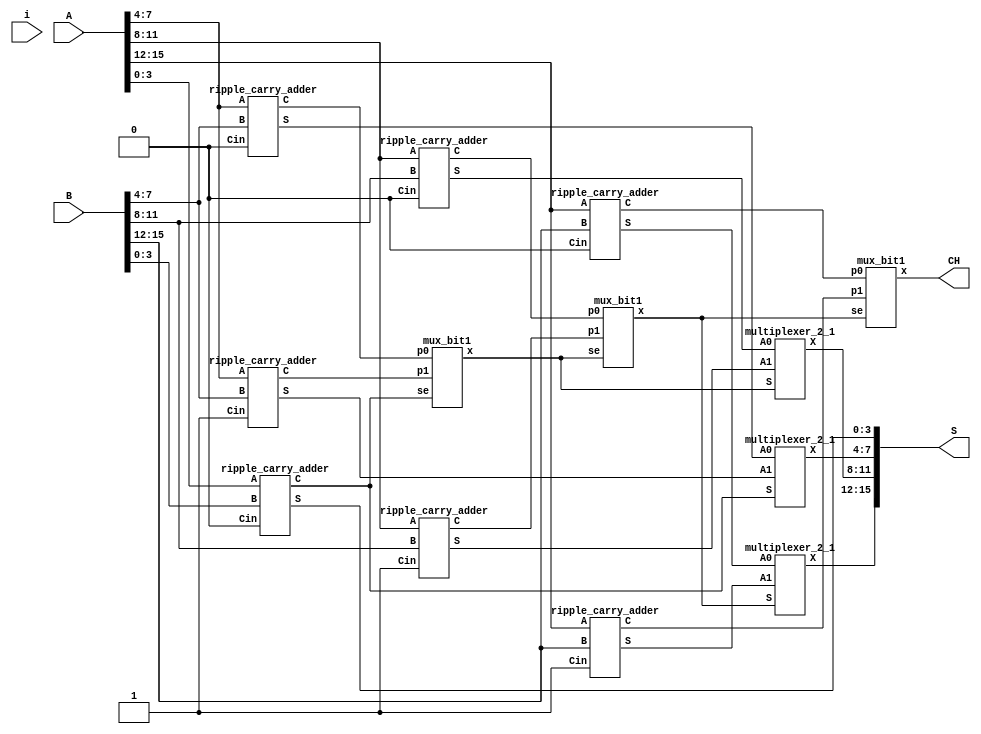
module carry_select_adder(S, CH, A, B,i);
   output [15:0] S;   // The 16-bit sum.
   output 	CH;   // The 16-bit carry.
   input [15:0] 	A;   // The 16-bit augend.
   input [15:0] 	B;   // The 16-bit addend.
   input i;
   wire [3:0] 	S00;   // High nibble sum output with carry input 0.
   wire [3:0] 	S10;   // High nibble sum output with carry input 1.
   wire [3:0] 	S01;   
   wire [3:0] 	S11; 
   wire [3:0] 	S02;   
   wire [3:0] 	S12; 
   wire 	C00;   
   wire 	C10;   
   wire 	Clow; // Low nibble carry output used to select multiplexer output.
   wire         C1,C2,CH,i;
   ripple_carry_adder rc_low_nibble_0(S[3:0], Clow, A[3:0], B[3:0], 1'b0);  // Calculate S low nibble.
   ripple_carry_adder rc_high_nibble_00(S00, C00, A[7:4], B[7:4], 1'b0);       // Calcualte S high nibble with carry input 0.
   ripple_carry_adder rc_high_nibble_10(S10, C10, A[7:4], B[7:4], 1'b1);       // Calcualte S high nibble with carry input 1.
   multiplexer_2_1  muxs0(S[7:4], S00, S10, Clow);  // Clow selects the high nibble result for S.
   mux_bit1  muxc0(C1, C00, C10, Clow); // Clow selects the carry output.

   ripple_carry_adder rc_high_nibble_01(S01, C01, A[11:8], B[11:8], 1'b0);       // Calcualte S high nibble with carry input 0.
   ripple_carry_adder rc_high_nibble_11(S11, C11, A[11:8], B[11:8], 1'b1);       // Calcualte S high nibble with carry input 1.
   multiplexer_2_1  muxs1(S[11:8], S01, S11, C1);  // Clow selects the high nibble result for S.
   mux_bit1  muxc1(C2, C01, C11, C1); // Clow selects the carry output.
  
  ripple_carry_adder rc_high_nibble_02(S02, C02, A[15:12], B[15:12], 1'b0);       // Calcualte S high nibble with carry input 0.
   ripple_carry_adder rc_high_nibble_12(S12, C12, A[15:12], B[15:12], 1'b1);       // Calcualte S high nibble with carry input 1.
   multiplexer_2_1  muxs2(S[15:12], S02, S12, C2);  // Clow selects the high nibble result for S.
   mux_bit1  muxc2(CH, C02, C12, C2); // Clow selects the carry output.

endmodule // carry_select_adder

module ripple_carry_adder(S, C, A, B, Cin);
   output [3:0] S;   // The 4-bit sum.
   output 	C;   // The 1-bit carry.
   input [3:0] 	A;   // The 4-bit augend.
   input [3:0] 	B;   // The 4-bit addend.
   input 	Cin; // The carry input.
 	
   wire 	C0; // The carry out bit of fa0, the carry in bit of fa1.
   wire 	C1; // The carry out bit of fa1, the carry in bit of fa2.
   wire 	C2; // The carry out bit of fa2, the carry in bit of fa3.
	
   full_adder fa0(S[0], C0, A[0], B[0], Cin);    // Least significant bit.
   full_adder fa1(S[1], C1, A[1], B[1], C0);
   full_adder fa2(S[2], C2, A[2], B[2], C1);
   full_adder fa3(S[3], C, A[3], B[3], C2);    // Most significant bit.
endmodule // ripple_carry_adder

module full_adder(S, Cout, A, B, Cin);
   output S;
   output Cout;
   input  A;
   input  B;
   input  Cin;
   
   wire   w1;
   wire   w2;
   wire   w3;
   wire   w4;
   
   xor(w1, A, B);
   xor(S, Cin, w1);
   and(w2, A, B);   
   and(w3, A, Cin);
   and(w4, B, Cin);   
   or(Cout, w2, w3, w4);
endmodule // full_adder

module multiplexer_2_1(X, A0, A1, S);
   parameter WIDTH=4;     // How many bits wide are the lines

   output [WIDTH-1:0] X;   // The output line

   input [WIDTH-1:0]  A1;  // Input line with id 1'b1
   input [WIDTH-1:0]  A0;  // Input line with id 1'b0
   input 	      S;  // Selection bit
   
   assign X = (S == 1'b0) ? A0 : A1;
endmodule // multiplexer_2_1

module mux_bit1(x,p0,p1,se);
input p0,p1,se;
output x;
assign x=(se==0)?p0:p1;
endmodule